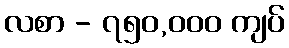
လစာ - ၇၅၀,၀၀၀ ကျပ်